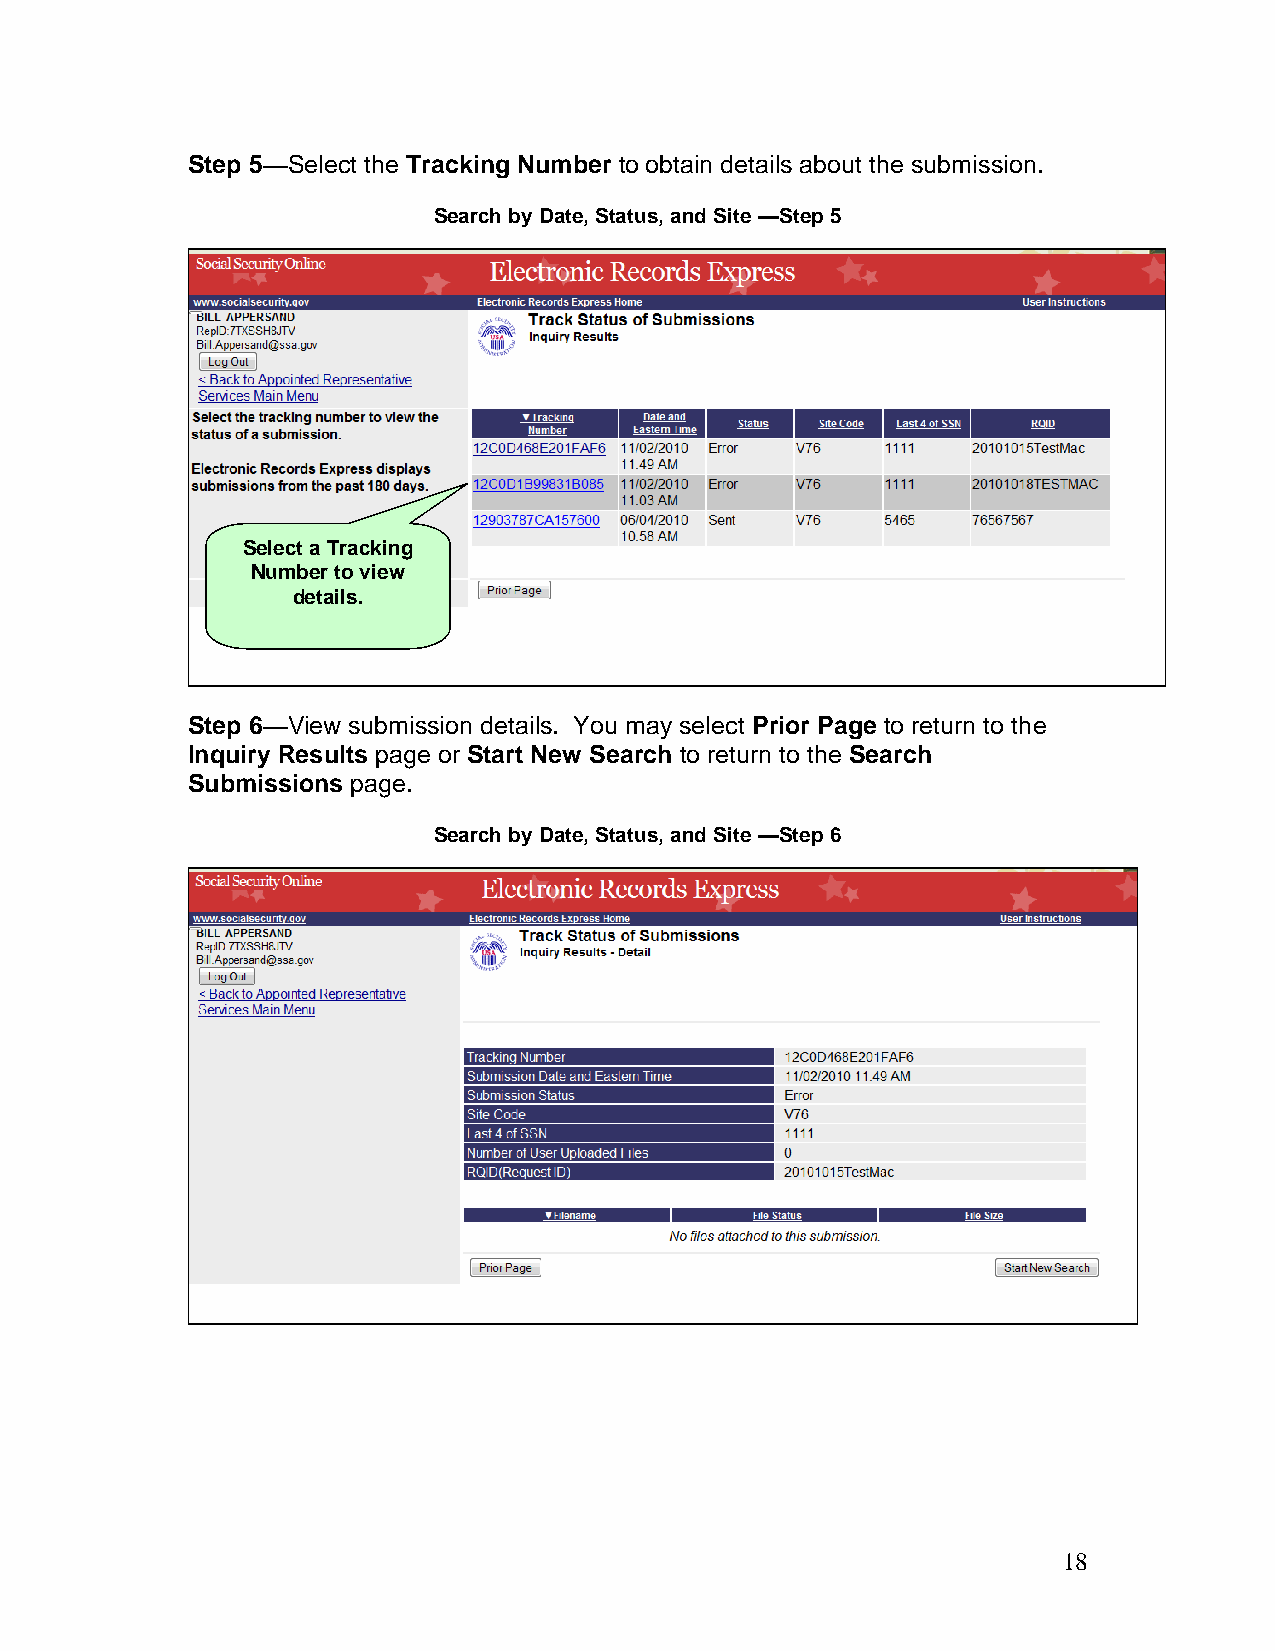
Step 5—Select the Tracking Number to obtain details about the submission.
 Search by Date, Status, and Site —Step 5
 Select a Tracking
 Number to view
 details.
 Step 6—View submission details. You may select Prior Page to return to the
 Inquiry Results page or Start New Search to return to the Search
 Submissions page.
 Search by Date, Status, and Site —Step 6
 18